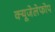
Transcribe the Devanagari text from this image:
क्‍यूजेलेफोप